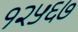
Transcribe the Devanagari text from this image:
१२५६७